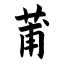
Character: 莆